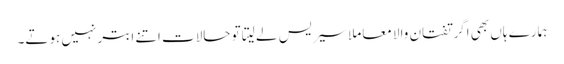
ہمارے ہاں بھی اگر تفتان والا معاملا سیریس لے لیتا تو حالات اتنے ابتر نہیں ہوتے۔